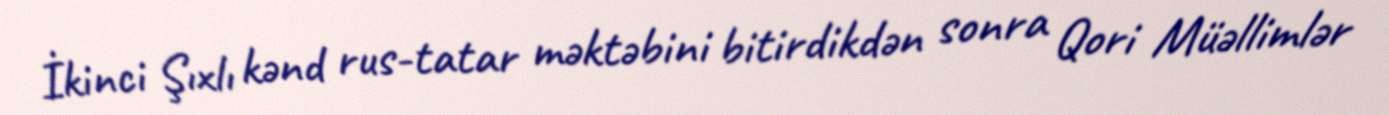
İkinci Şıxlı kənd rus-tatar məktəbini bitirdikdən sonra Qori Müəllimlər